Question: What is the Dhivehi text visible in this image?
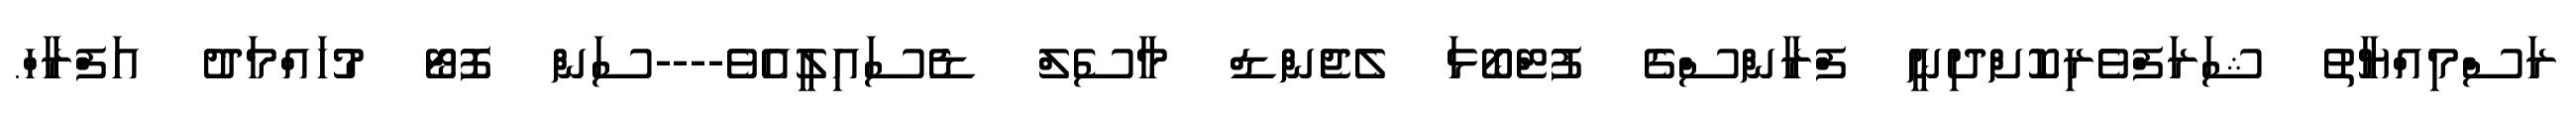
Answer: ރަސްމިއްޔާތު ޝަރަފްވެރިކޮށްދިނީ ފްރާންސްގެ ފުޓްބޯޅަ ލެޖެންޑް މާސެލް ޑެސައިލީއެވެ----ސަން ފޮޓޯ މުހައްމަދު އަފްރާހް.